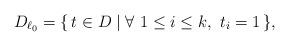
LaTeX: \begin{align*}D_{\ell_0} =\{\, t\in D\mid \forall\ 1\leq i\leq k,\ t_i=1 \,\},\end{align*}